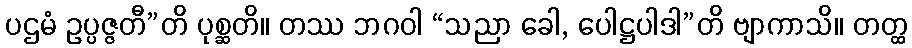
ပဌမံ ဥပ္ပဇ္ဇတီ”တိ ပုစ္ဆတိ။ တဿ ဘဂဝါ “သညာ ခေါ, ပေါဋ္ဌပါဒါ”တိ ဗျာကာသိ။ တတ္ထ